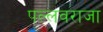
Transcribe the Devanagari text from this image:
पल्लवराजा